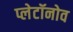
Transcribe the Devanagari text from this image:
प्लेटॉनोव